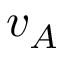
v _ { A }